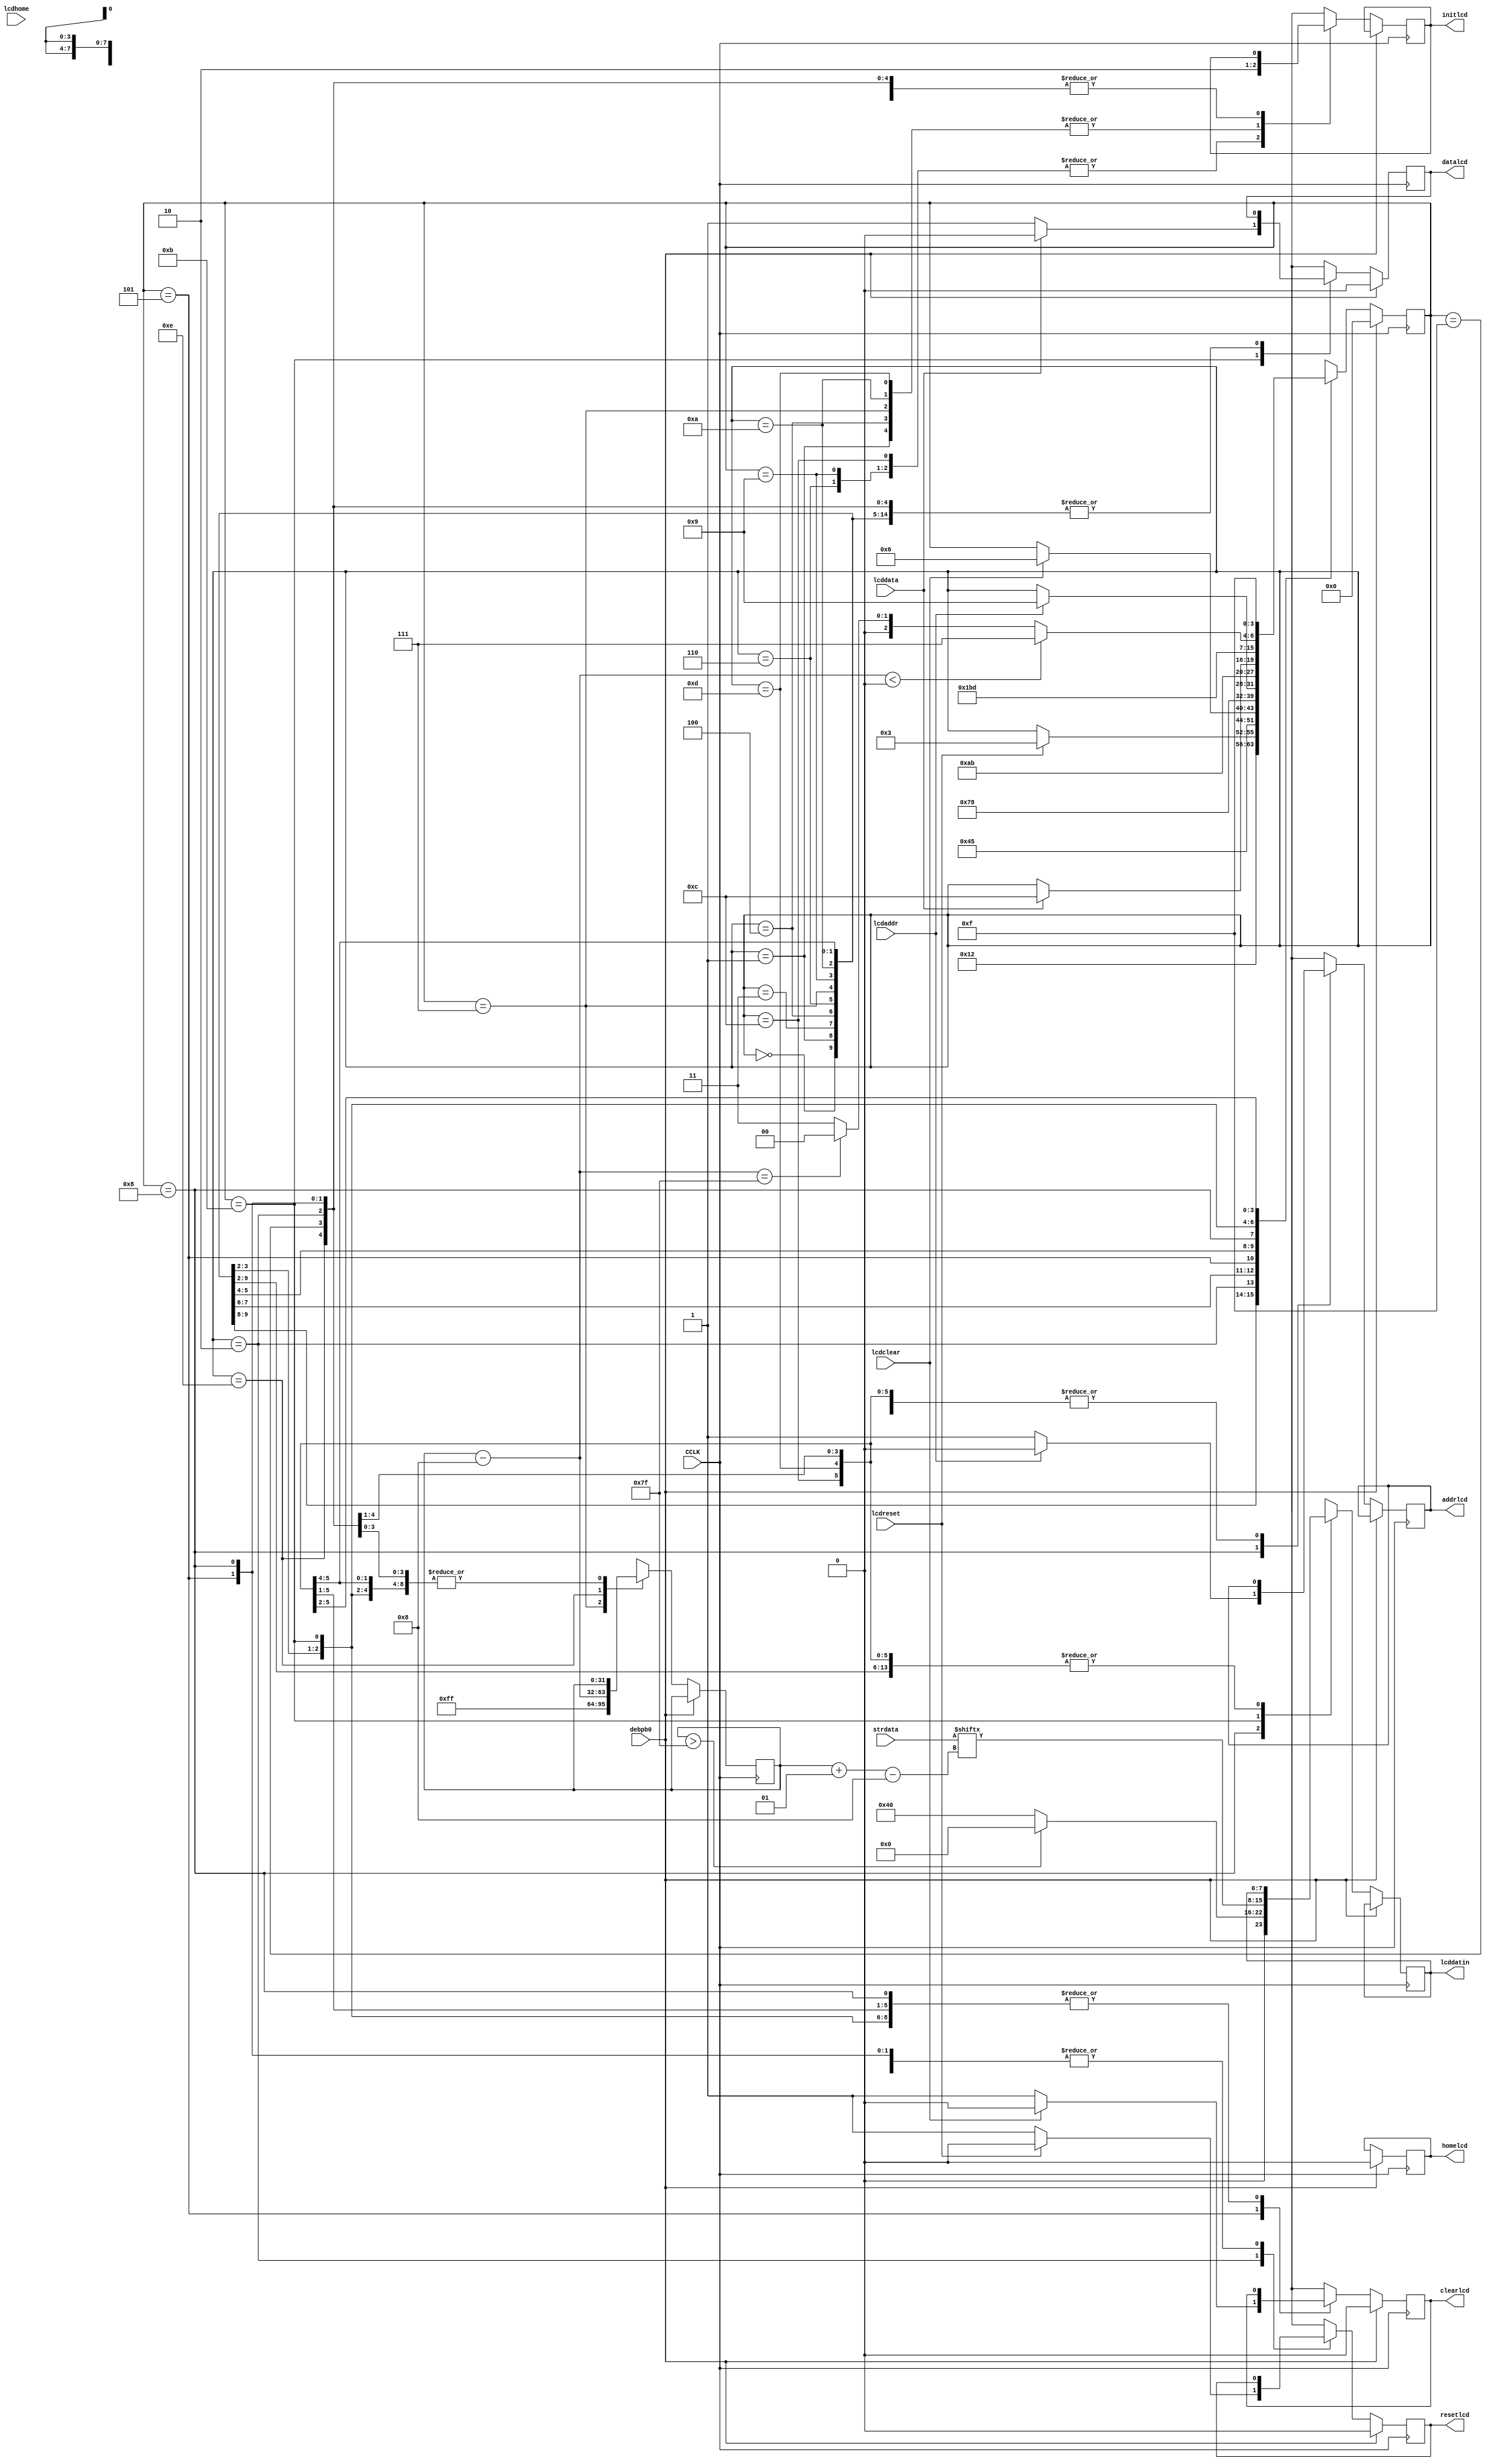
`timescale 1ns / 1ps
//////////////////////////////////////////////////////////////////////////////////
// Company: 
// Engineer: 
// 
// Design Name: 
// Module Name:    genlcd 
// Project Name: 
// Target Devices: 
// Tool versions: 
// Description: 
//
// Dependencies: 
//
// Revision: 
// Revision 0.01 - File Created
// Additional Comments: 
//
//////////////////////////////////////////////////////////////////////////////////
module genlcd(input CCLK, debpb0, 
				  input [255:0]strdata, 
				  output reg resetlcd,
				  output reg clearlcd, 
				  output reg homelcd,
				  output reg datalcd, 
				  output reg addrlcd,
				  output reg initlcd, 
				  input lcdreset, lcdclear,
				  input lcdhome, lcddata, lcdaddr,
				  output reg [7:0] lcddatin
				  );
					
		reg [3:0] gstate;		// state register

		integer i;
			
		always@(posedge CCLK)
			begin
				if (debpb0==1)
					begin
						resetlcd=0;
						clearlcd=0;
						homelcd=0;
						datalcd=0;
						gstate=0;
					end
				else
				
				case (gstate)
					0: begin
							initlcd=1;
							gstate=1;
						end
					1:	begin
							initlcd=0;
							gstate=2;
						end
					2:	begin
							resetlcd=1;
							if (lcdreset==1)
								begin
									resetlcd=0;
									gstate=3;
								end
						end
					3: begin
							initlcd=1;
							gstate=4;
						end
					4:	begin
							initlcd=0;
							gstate=5;
						end
					5: begin
							clearlcd=1;
							if (lcdclear==1)
								begin
									clearlcd=0;
									gstate=6;
								end
						end
					6: begin
							initlcd=1;
							gstate=7;
						end
					7:	begin
							initlcd=0;
							i=255;
							gstate=8;
						end
					8: begin  
							if(i>127)
								lcddatin[7:0]=8'b0000_0000;
							else
								lcddatin[7:0]=8'b0100_0000;
								
							addrlcd=1;
							if (lcdaddr==1)
								begin
									addrlcd=0;
									gstate=9;
								end
						end
					9:	begin
							initlcd=1;
							gstate=10;
						end
					10: begin
							initlcd=0;
							gstate=11;
						end
					11: begin
							lcddatin[7:0]=strdata[i-:8];
							datalcd=1;
							if (lcddata==1)
								begin
									datalcd=0;
									gstate=12;
								end
						end
					12: begin
							initlcd=1;
							gstate=13;
						end
					13: begin
							initlcd=0;
							gstate=14;
						end
					14: begin
							i=i-8;
							if (i<0)
								gstate=15;
							else if (i==127)
								gstate=8;
							else
								gstate=11;
						end
					15: gstate=15;
					default: gstate=15;
				endcase

			end

		endmodule